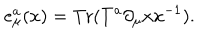
e _ { \mu } ^ { a } ( x ) = \mathrm { T r } ( T ^ { a } \partial _ { \mu } x x ^ { - 1 } ) .